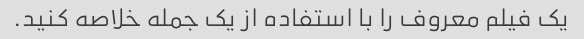
یک فیلم معروف را با استفاده از یک جمله خلاصه کنید.